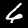
Label: 6